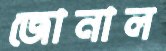
জোনাল